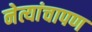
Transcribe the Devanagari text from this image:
नेत्यांचापण